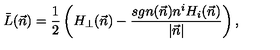
\bar { L } ( \vec { n } ) = \frac { 1 } { 2 } \left( H _ { \perp } ( \vec { n } ) - \frac { s g n ( \vec { n } ) n ^ { i } H _ { i } ( \vec { n } ) } { | \vec { n } | } \right) ,